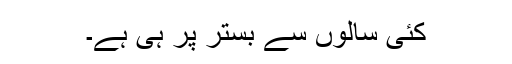
کئی سالوں سے بستر پر ہی ہے۔